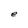
Character: e